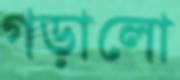
গড়ালো